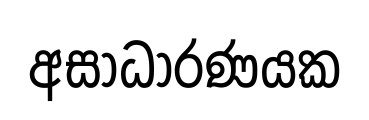
අසාධාරණයක